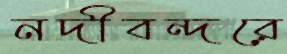
নদীবন্দরে